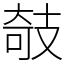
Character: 攲